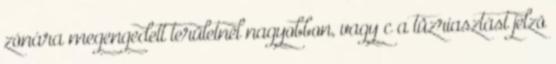
zónára megengedett területnél nagyobbon, vagy c a tûzriasztást jelzõ